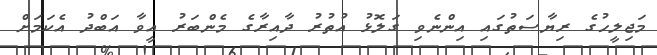
މަޖިލީހުގެ ރިޔާސަތުގައި އިންނެވި ގަލޮޅު އުތުރު ދާއިރާގެ މެންބަރު އީވާ އަބްދު އެކަމަށް